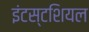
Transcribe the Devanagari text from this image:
इंटस्टशियल